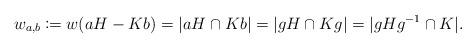
LaTeX: \begin{align*} w_{a, b} \coloneqq w(aH - Kb) = \vert aH \cap Kb\vert = \vert gH \cap Kg\vert = \vert gH g^{-1} \cap K\vert. \end{align*}